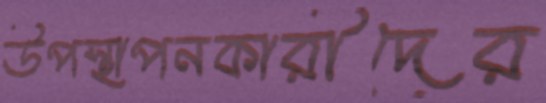
উপস্থাপনকারীদের